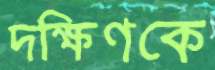
দক্ষিণকে